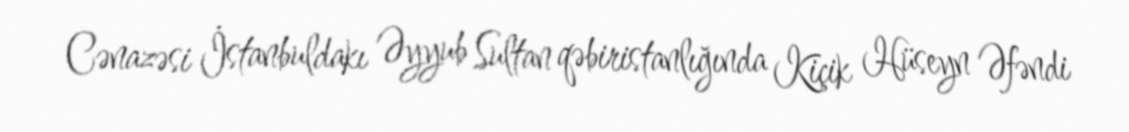
Cənazəsi İstanbuldakı Əyyub Sultan qəbiristanlığında Kiçik Hüseyn Əfəndi